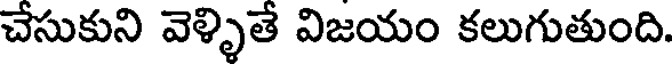
చేసుకుని వెళ్ళితే విజయం కలుగుతుంది.